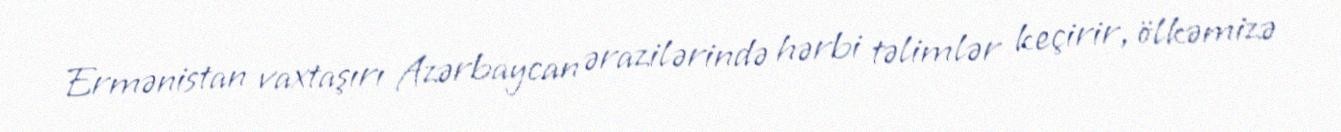
Ermənistan vaxtaşırı Azərbaycan ərazilərində hərbi təlimlər keçirir, ölkəmizə